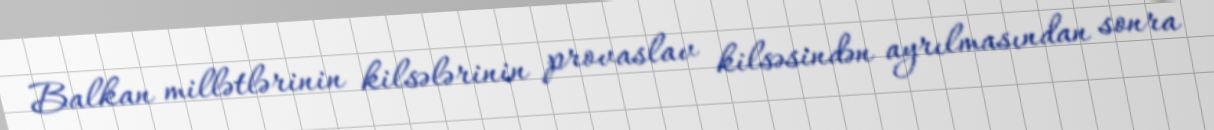
Balkan millətlərinin kilsələrinin provaslav kilsəsindən ayrılmasından sonra